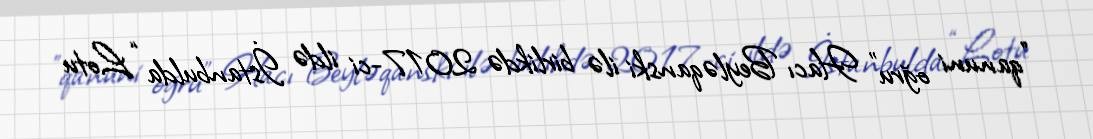
"qanuni oğru" Hacı Beyləqanski ilə birlikdə 2017-ci ildə İstanbulda “Lotu